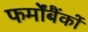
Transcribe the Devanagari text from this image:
फर्मोंबैंकों